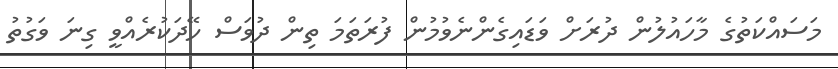
މަސައްކަތުގެ މާހައުލުން ދުރަށް ވަޑައިގެންނެވުމުން ފުރަތަމަ ތިން ދުވަސް ހޭދަކުރެއްވީ ގިނަ ވަގުތު